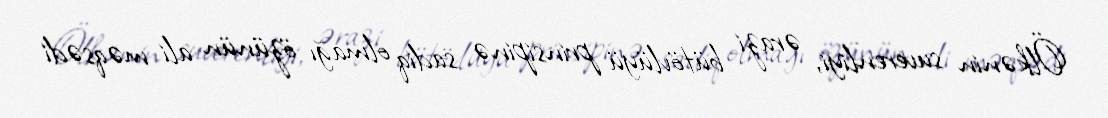
Ölkənin suverenliyi, ərazi bütövlüyü prinsipinə sadiq olmağı özünün ali məqsədi